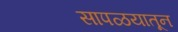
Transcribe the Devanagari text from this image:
सापळयातून